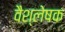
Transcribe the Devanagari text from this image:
वैश्लेषक